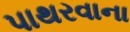
પાથરવાના